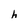
Character: h